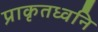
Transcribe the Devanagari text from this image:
प्राकृतध्वनि